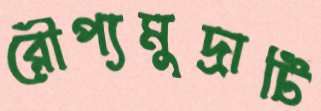
রৌপ্যমুদ্রাটি